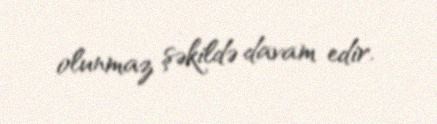
olunmaz şəkildə davam edir.